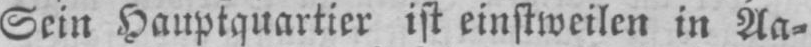
Sein Hauptquartier ist einstweilen in Aa⸗